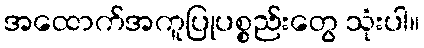
အထောက်အကူပြုပစ္စည်းတွေ သုံးပါ။